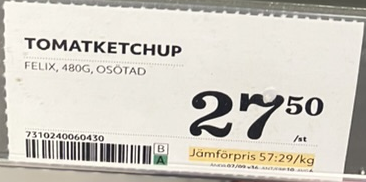
Vara: Tomatketchup
Genomsnittspris: 57.29 per kg